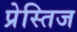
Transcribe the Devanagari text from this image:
प्रेस्तिज